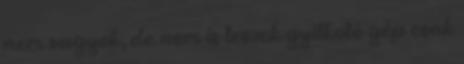
nem vagyok, de nem is leszek gyilkoló gép csak